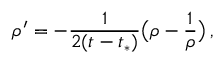
\rho ^ { \prime } = - \frac { 1 } { 2 ( t - t _ { * } ) } \bigl ( \rho - \frac 1 \rho \bigr ) \, ,